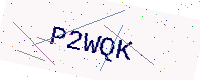
Text: P2WQK